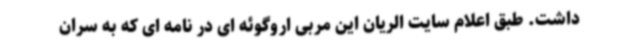
داشت. طبق اعلام سایت الریان این مربی اروگوئه ای در نامه ای که به سران